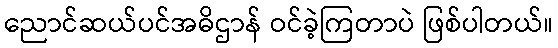
ညောင်ဆယ်ပင်အဓိဌာန် ဝင်ခဲ့ကြတာပဲ ဖြစ်ပါတယ်။